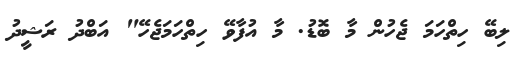
ލިބޭ ހިތްހަމަ ޖެހުން މާ ބޮޑު. މާ އުފާވޭ ހިތްހަމަޖެހޭ" އަބްދު ރަޝީދު